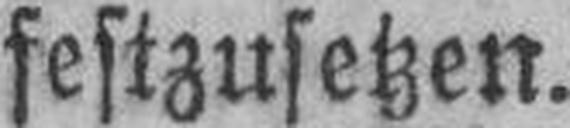
festzusetzen.